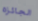
الجائزه